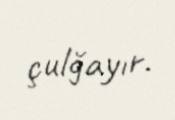
çulğayır.